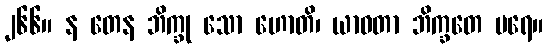
၂၆၆။ န တေန ဘိက္ခု သော ဟောတိ၊ ယာဝတာ ဘိက္ခတေ ပရေ။